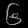
Digit: ၆